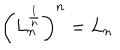
\left( L _ { n } ^ { \frac { 1 } { n } } \right) ^ { n } = L _ { n }